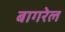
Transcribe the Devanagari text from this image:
बागरेल